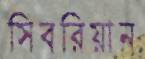
সিবরিয়ান